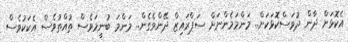
އެކޮޅަށް ދާން ދުވަސްކޮޅަކަށް.. މަންމަމެންނަށް ސަޕްރައިޒް ދޭންވެގެން.. މަންމަ ބުނީމަވެސް ތުއްތުވެސް އެކަކުވެސް